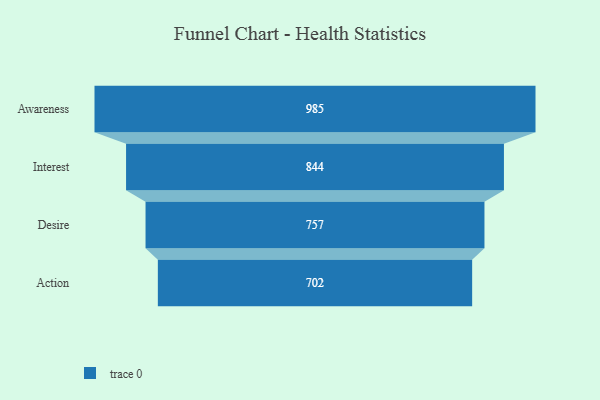
{"axis": {"x": "Stage", "y": "Value"}, "legend": [""], "data": [{"x": "Awareness", "y": 985.0, "type": ""}, {"x": "Interest", "y": 844.0, "type": ""}, {"x": "Desire", "y": 757.0, "type": ""}, {"x": "Action", "y": 702.0, "type": ""}]}